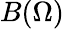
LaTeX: B(\Omega)